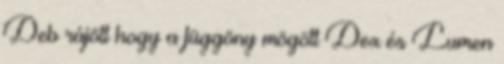
Deb rájött hogy a függöny mögött Dex és Lumen